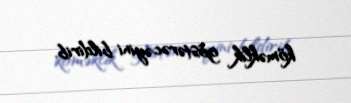
köməklik göstərəcəyini bildirib.